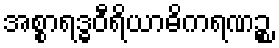
အစ္စာရဒ္ဓဝီရိယာဓိကရဏဉ္စ